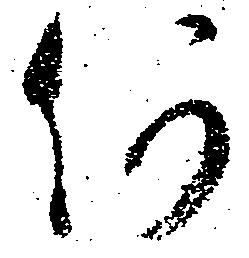
何